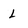
Character: L